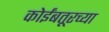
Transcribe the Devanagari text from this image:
कोईंबतूरच्या